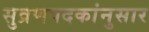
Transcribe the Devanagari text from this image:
सुव्रणपदकांनुसार